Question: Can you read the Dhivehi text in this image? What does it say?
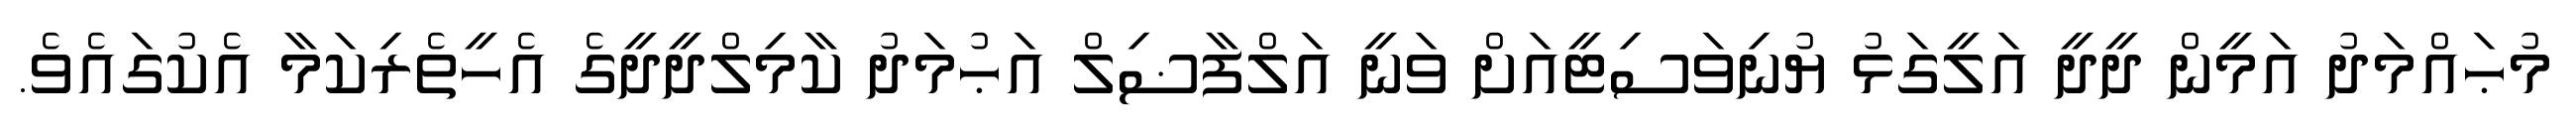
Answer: މުޙައްމަދު އަމީން ދީދީ އަލީގަޅު ޔުނިވަސިޓީއަށް ވަނީ އަލްފާޟިލް އަޙުމަދު ކާމިލްދީދީގެ އެހީތެރިކަމާ އެކުގައެވެ.